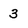
Character: 3